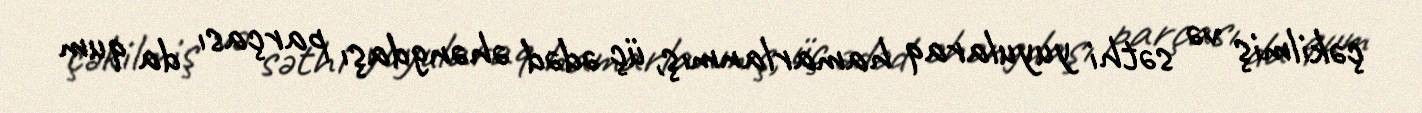
çəkilmiş və səthi yuyularaq hamarlanmış, üç ədəd əhəngdaşı parçası da qum